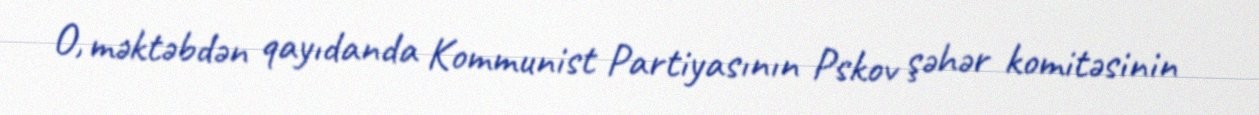
O, məktəbdən qayıdanda Kommunist Partiyasının Pskov şəhər komitəsinin